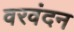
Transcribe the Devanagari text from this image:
वरवंदन